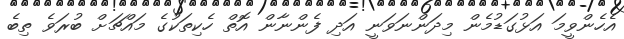
އެހެންވީމަ އަޅުގަޑުމެން މިދަންނަވަނީ އަދި ފެންނާން އޮތް ހެކިތަކުގެ މައްޗަށް ބުރަވެ ތިބެ